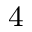
_ \mathrm { 4 }